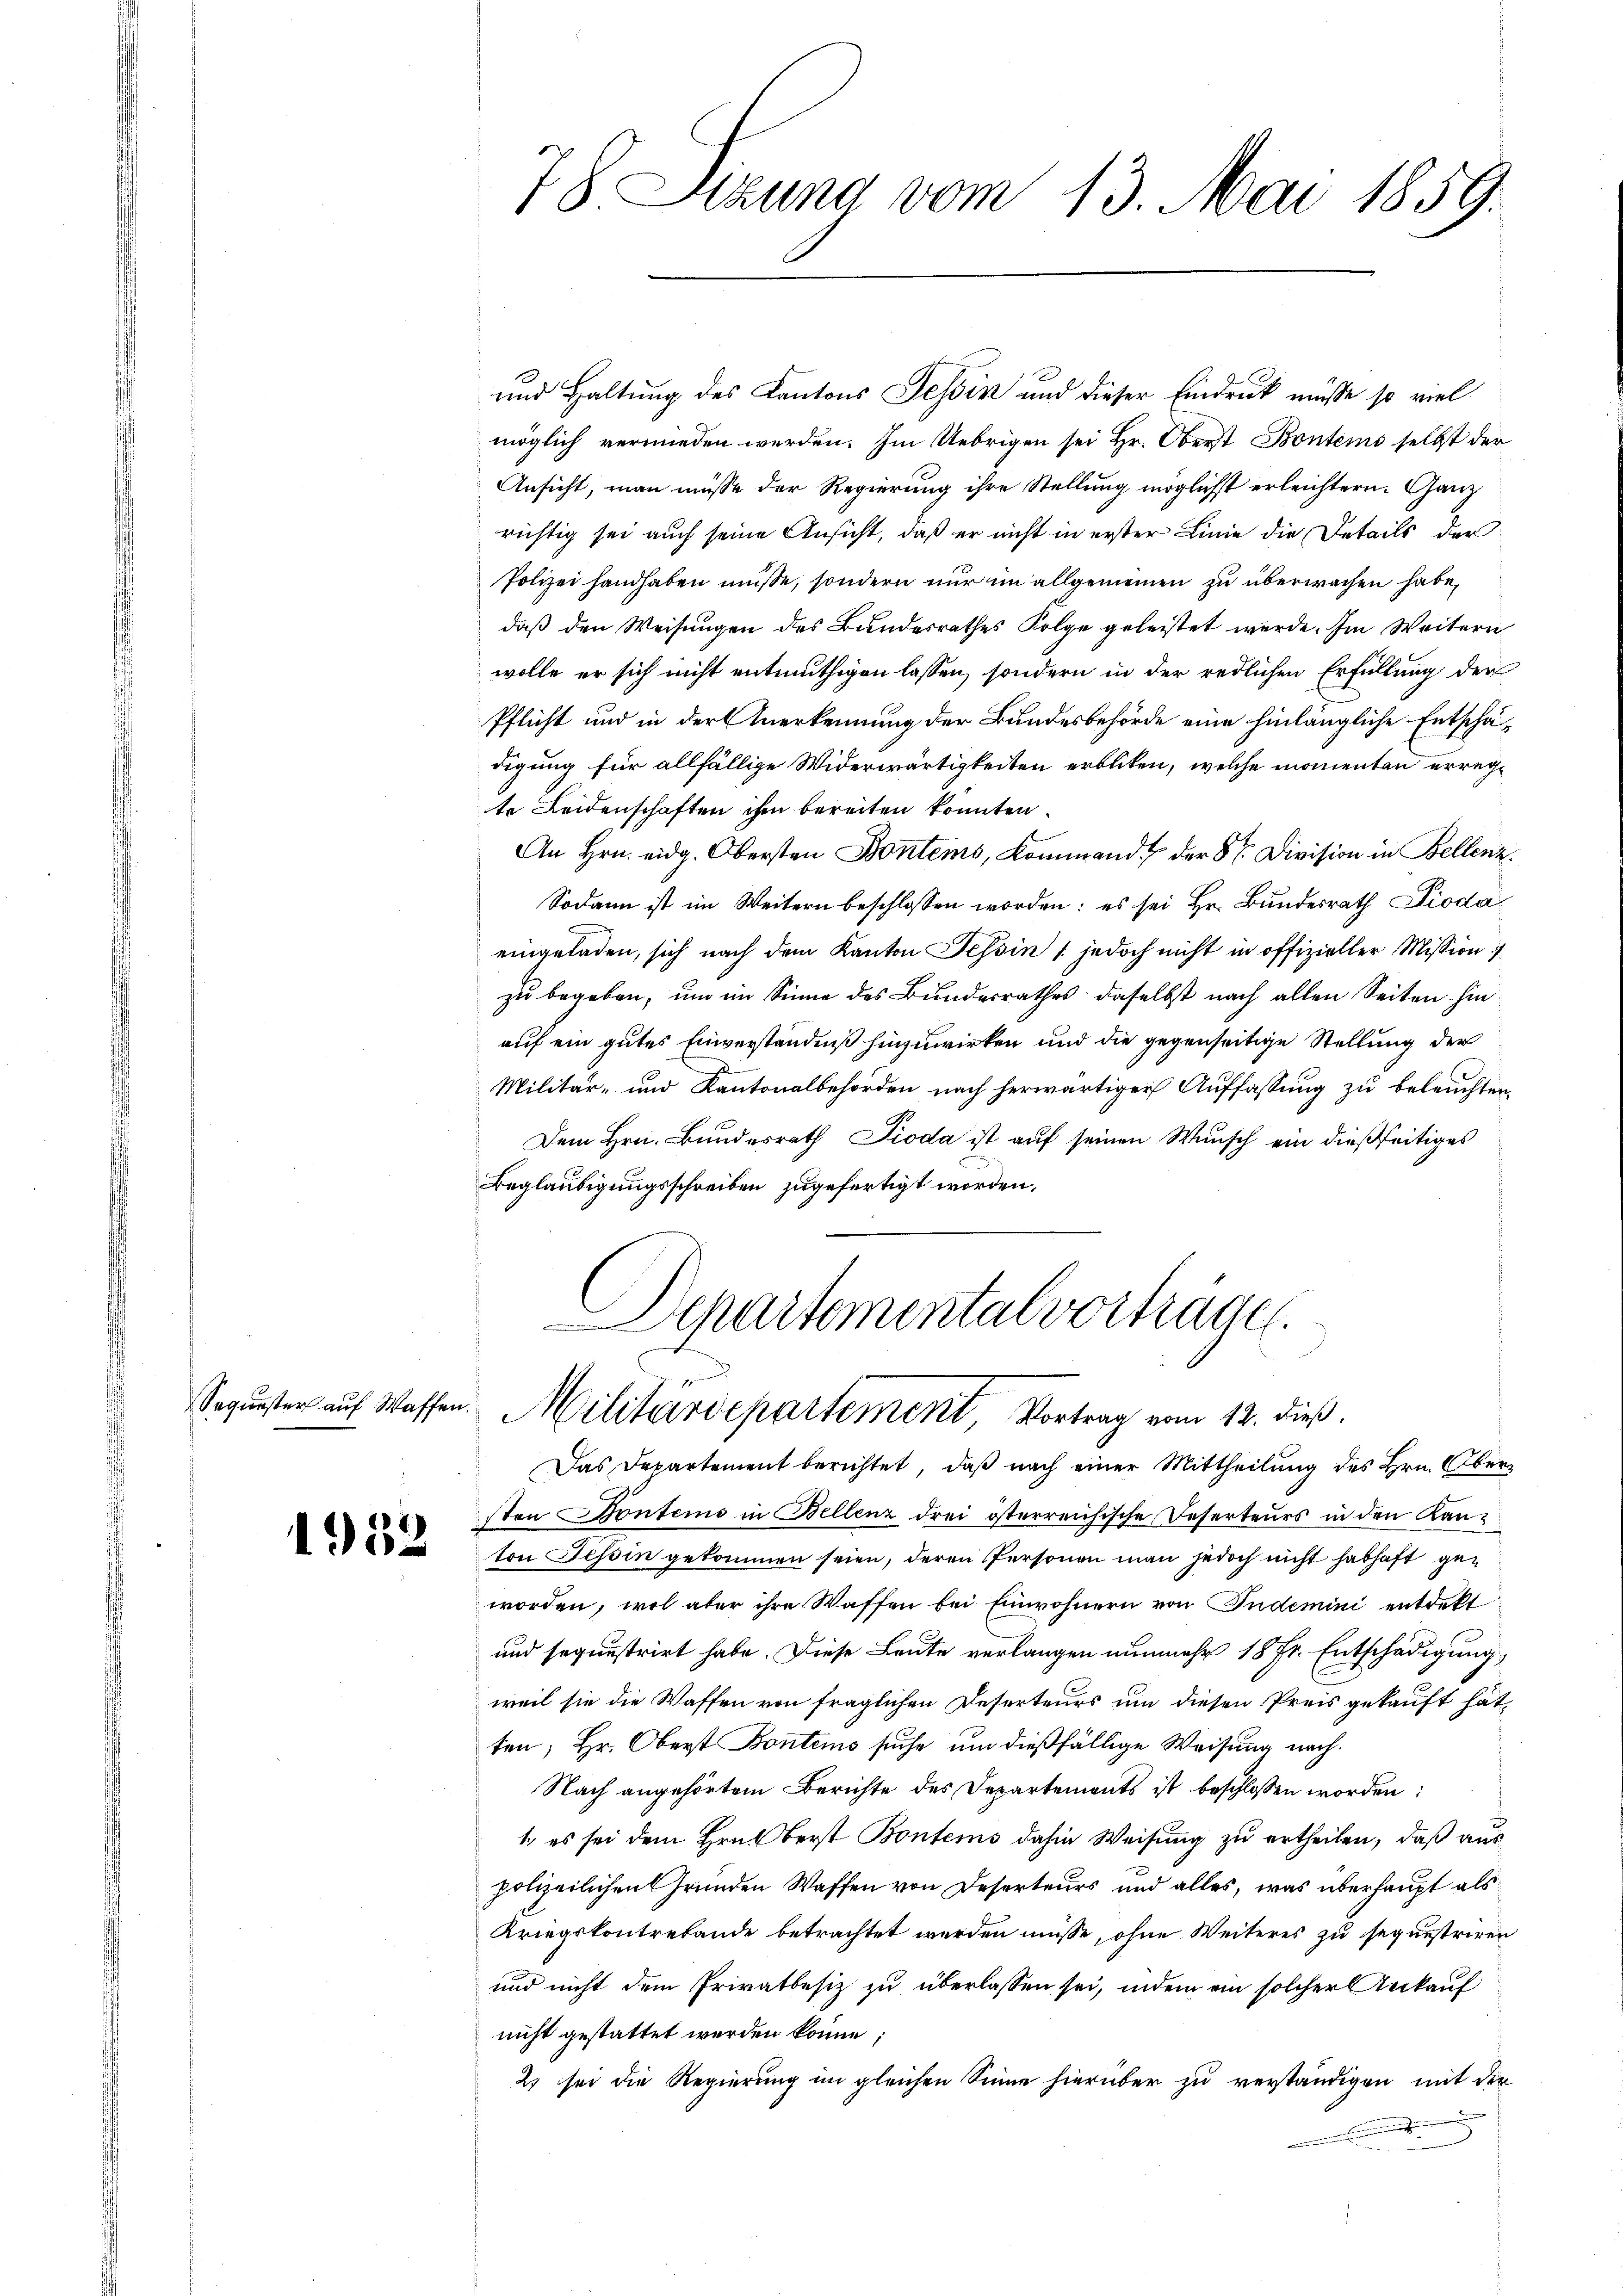
1932

78 Sizung vom 13. Mai 1859.

und Haltung des Kantons Tessin und dieser Eindruck müsse so viel
möglich vermieden werden. Im Uebrigen sei Hr. Oberst Bontems selbst der
Ansicht, man müsse der Regierung ihre Stellung möglichst erleichtern. Ganz
richtig sei auch seine Ansicht, daß er nicht in erster Linie die Details der
Polizei handhaben müsse, sondern nur im allgemeinen zu überwachen habe,
daß den Weisungen des Bundesrathes Folge geleistet werde. Im Weitern
wolle er sich nicht entmuthigen lassen, sondern in der redlichen Erfüllung der
Pflicht und in der Anerkennung der Bundesbehörde eine hinlängliche Entschädigung für allfällige Widerwärtigkeiten erbliken, welche momenten erregte Leidenschaften ihm bereiten konnten.
An Hrn. eidg. Obersten Bontems, Kommand der Sr. Division in Bellenz
Sodann ist im Weitern beschlossen worden: es sei Hr. Bundesrath Dioda
eingeladen, sich nach dem Kanton Tessin (jedoch nicht in offizieller Mission
zu begeben, um im Sinne des Bundesrathes daselbst nach allen Seiten hinauf ein gutes Einverständniß hinzuwirken und die gegenseitige Stellung der
Militär- und Kantonalbehörden nach herwärtiger Auffassung zu beleuchten,
Dem Hrn. Bundesrath Pioda ist auf seinen Wunsch ein dießseitiges
Beglaubigungsschreiben zugefertigt worden,
Departemental vorträge.

Sogŭnster aŭf Wassen. Militärdepartement, Vortrag vom 12. dieß.

Das Departement berichtet, daß nach einer Mittheilung des Hrn. Obersten Kontems in Bellenz drei österreichische Deserteurs in den Kanton Tessin gekommen seien, deren Personen man jedoch nicht habhaft geworden, wol aber ihre Waffen bei Einwohnern von Tudemini entdekt
und sequestrirt habe. Diese Leute verlangen nunmehr 18 Fr. Entschädigung,
weil sie die Waffen von fraglichen Deserteurs um diesen Preis gekauft hat,
ten; Hr. Oberst Bontems suche um dießfällige Weisung nach¬
Nach angehörtem Berichte des Departements ist beschlossen worden:
1. es sei dem Hrn. Berst Bontems dahin Weisung zu ertheilen, daß aus
polizeilichen Gründen Waffen von Deserteurs und alles, was überhaupt als
Kriegskontrebande betrachtet werden müsse, ohne Weiteres zu sequestriren
und nicht dem Privatbesiz zu überlassen sei, indem ein solcher Ankauf
nicht gestattet werden könne,
2) sei die Regierung im gleichen Sinne hierüber zu verständigen mit der